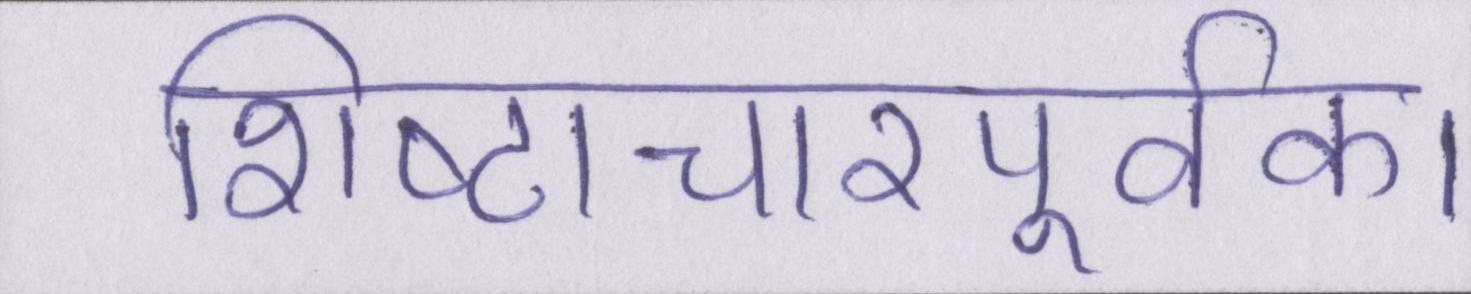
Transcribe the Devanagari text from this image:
शिष्टाचारपूर्वक।